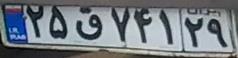
۲۵ق۷۴۱۲۹